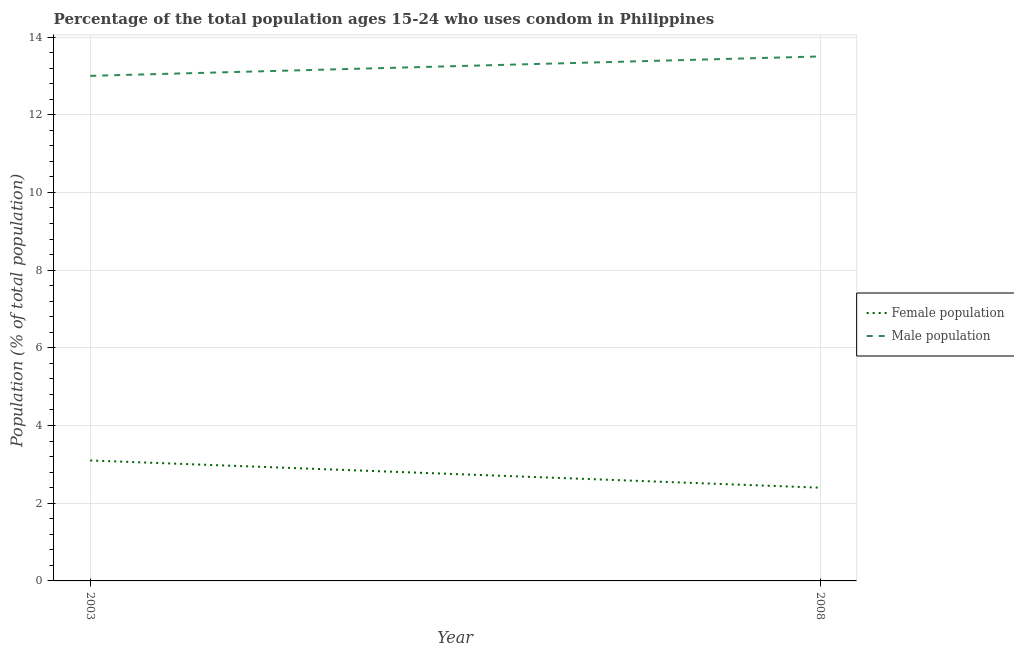
| Year | Female population | Male population |
 | --- | --- | --- |
 | 2003 | 3.1 | 13 |
 | 2008 | 2.4 | 13.5 |